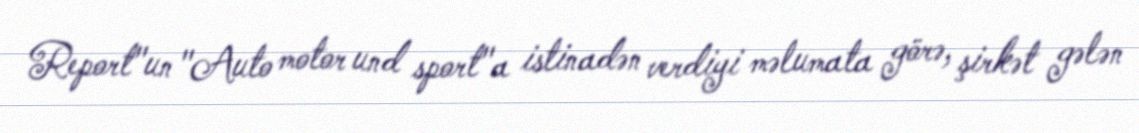
Report"un "Auto motor und sport"a istinadən verdiyi məlumata görə, şirkət gələn